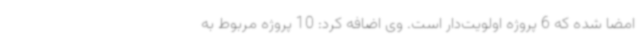
امضا شده که 6 پروژه اولویت‌دار است. وی اضافه کرد: 10 پروژه مربوط به